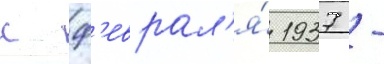
с ф'еврал'я́ 1937 -